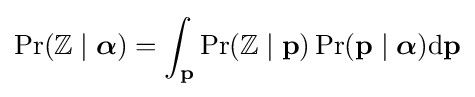
\Pr(\mathbb {Z} \mid {\boldsymbol {\alpha }})=\int _{\mathbf {p} }\Pr(\mathbb {Z} \mid \mathbf {p} )\Pr(\mathbf {p} \mid {\boldsymbol {\alpha }}){\textrm {d}}\mathbf {p}